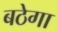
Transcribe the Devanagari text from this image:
बठेगा